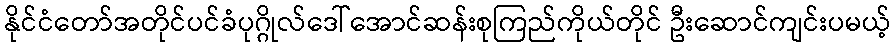
နိုင်ငံတော်အတိုင်ပင်ခံပုဂ္ဂိုလ်ဒေါ်အောင်ဆန်းစုကြည်ကိုယ်တိုင် ဦးဆောင်ကျင်းပမယ့်